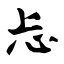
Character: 忐